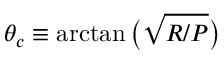
\theta _ { c } \equiv \arctan \big ( \sqrt { R / P } \big )